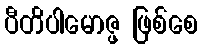
ပီတိပါမောဇ္ဖ ဖြစ်စေ